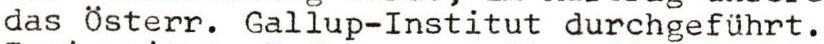
das Österr. Gallup-Institut durchgeführt.